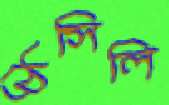
ঠেসিলি